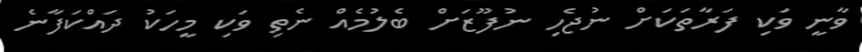
ވާނީ ވަކި ފަރާތަކަށް ނުޖެހި ނުފޫޒަށް ބެލުމެއް ނެތި ވަކި މީހަކު ދައްކަފާނެ